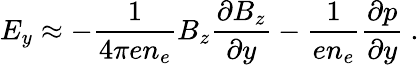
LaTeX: E_{y}\approx-\frac{1}{4\pi en_{e}}B_{z}\frac{\partial B_{z}}{\partial y}-\frac{1}{en_{e}}\frac{\partial p}{\partial y}\ .